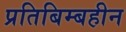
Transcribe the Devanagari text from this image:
प्रतिबिम्बहीन